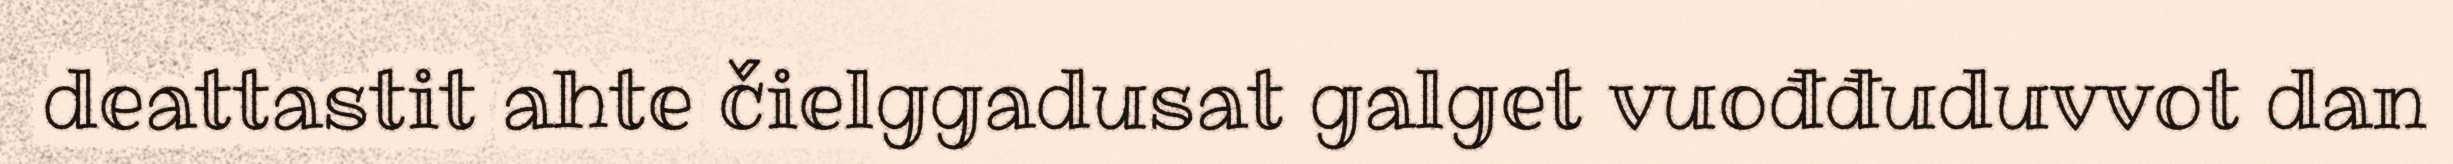
deattastit ahte čielggadusat galget vuođđuduvvot dan